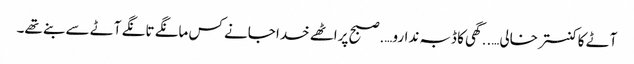
آٹے کا کنستر خالی…..گھی کا ڈبہ ندارو….صبح پراٹھے خدا جانے کس مانگے تانگے آٹے سے بنے تھے۔